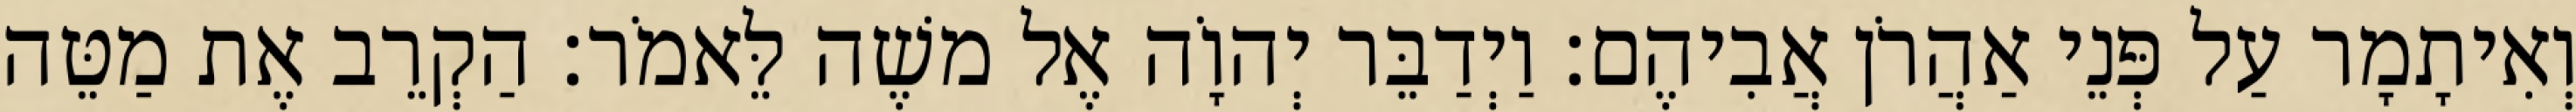
וְאִיתָמָר עַל פְּנֵי אַהֲרֹן אֲבִיהֶם׃ וַיְדַבֵּר יְהוָֹה אֶל משֶׁה לֵּאמֹר׃ הַקְרֵב אֶת מַטֵּה